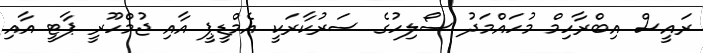
ރައީސް އިބްރާހިމް މުހައްމަދު ސޯލިހުގެ ސަރުކާރަކީ އެމްޑީޕީ އާއި ޖުމްހޫރީ ޕާޓީ އާއި